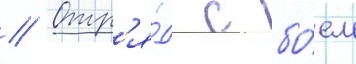
// Отр'я́д с бо́ем